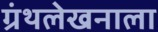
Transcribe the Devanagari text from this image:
ग्रंथलेखनाला